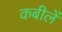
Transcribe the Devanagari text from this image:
कबीलें